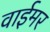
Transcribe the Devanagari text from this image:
वाईमर